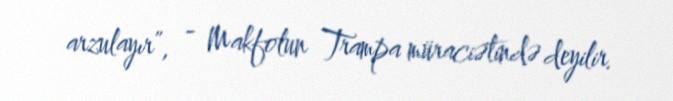
arzulayır”, - Makfolun Trampa müraciətində deyilir.